Civil Veterinary Dept. North-West Frontier Province 1933-46 - 1933-1946
Year: 1933
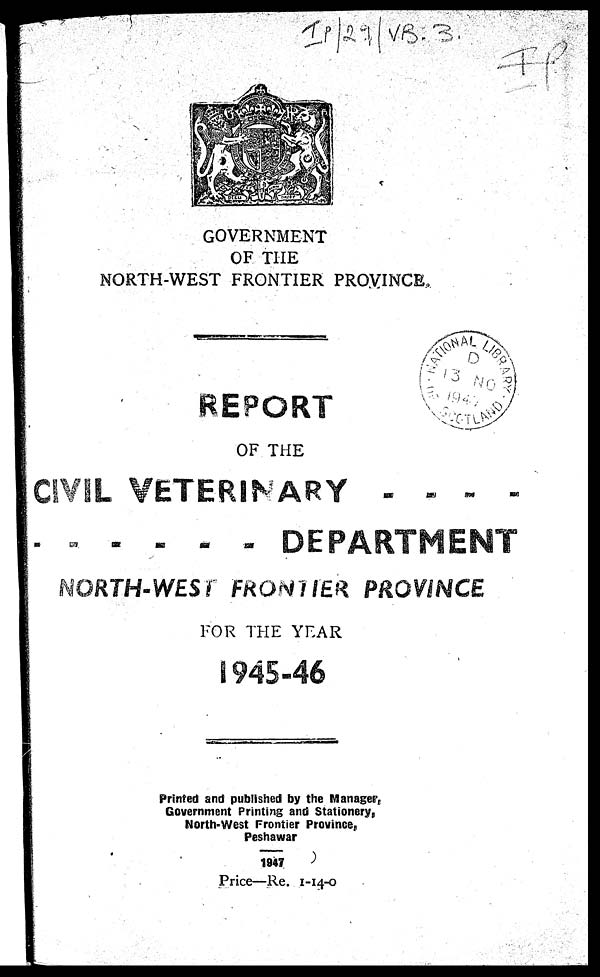
GOVERNMENT
OF THE
NORTH-WEST FRONTIER PROVINCE.
REPORT
OF THE
CIVIL VETERINARY . . . .
.
.
.
.
DEPARTMENT
NORTH-WEST FRONTIER PROVINCE
FOR THE YEAR
1945-46
Printed and published by the Manager,
Government Printing and Stationery,
North-West Frontier Province,
Peshawar
1947
Price—Re. 1-14-0